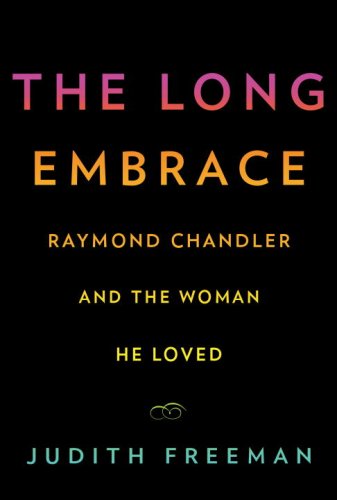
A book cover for The Long Embrace: Raymond Chandler and the Woman He Loved; Judith Freeman; Mystery, Thriller & Suspense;